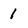
Character: 1